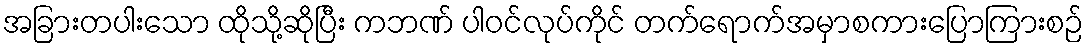
အခြားတပါးသော ထိုသို့ဆိုပြီး ကဘဏ် ပါဝင်လုပ်ကိုင် တက်ရောက်အမှာစကားပြောကြားစဉ်